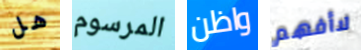
هل المرسوم واظن لاأفهم